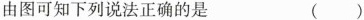
由图可知下列说法正确的是 ( )